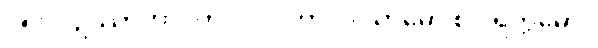
၁၅၆။ ဥဿာဟာ’ တပ္ပ ပဂ္ဂါဟာ၊ ဝါယာမော စ ပရက္ကမော။